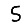
Digit: 5